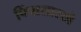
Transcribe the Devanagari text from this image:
पिंपासारखे